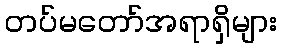
တပ်မတော်အရာရှိများ